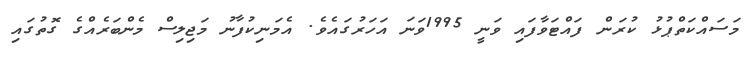
މަސައްކަތްޕުޅު ކުރަން ފައްޓަވާފައި ވަނީ 1995ވަނަ އަހަރުގައެވެ. އެމަނިކުފާނު މަޖިލިސް މެންބަރެއްގެ ގޮތުގައި